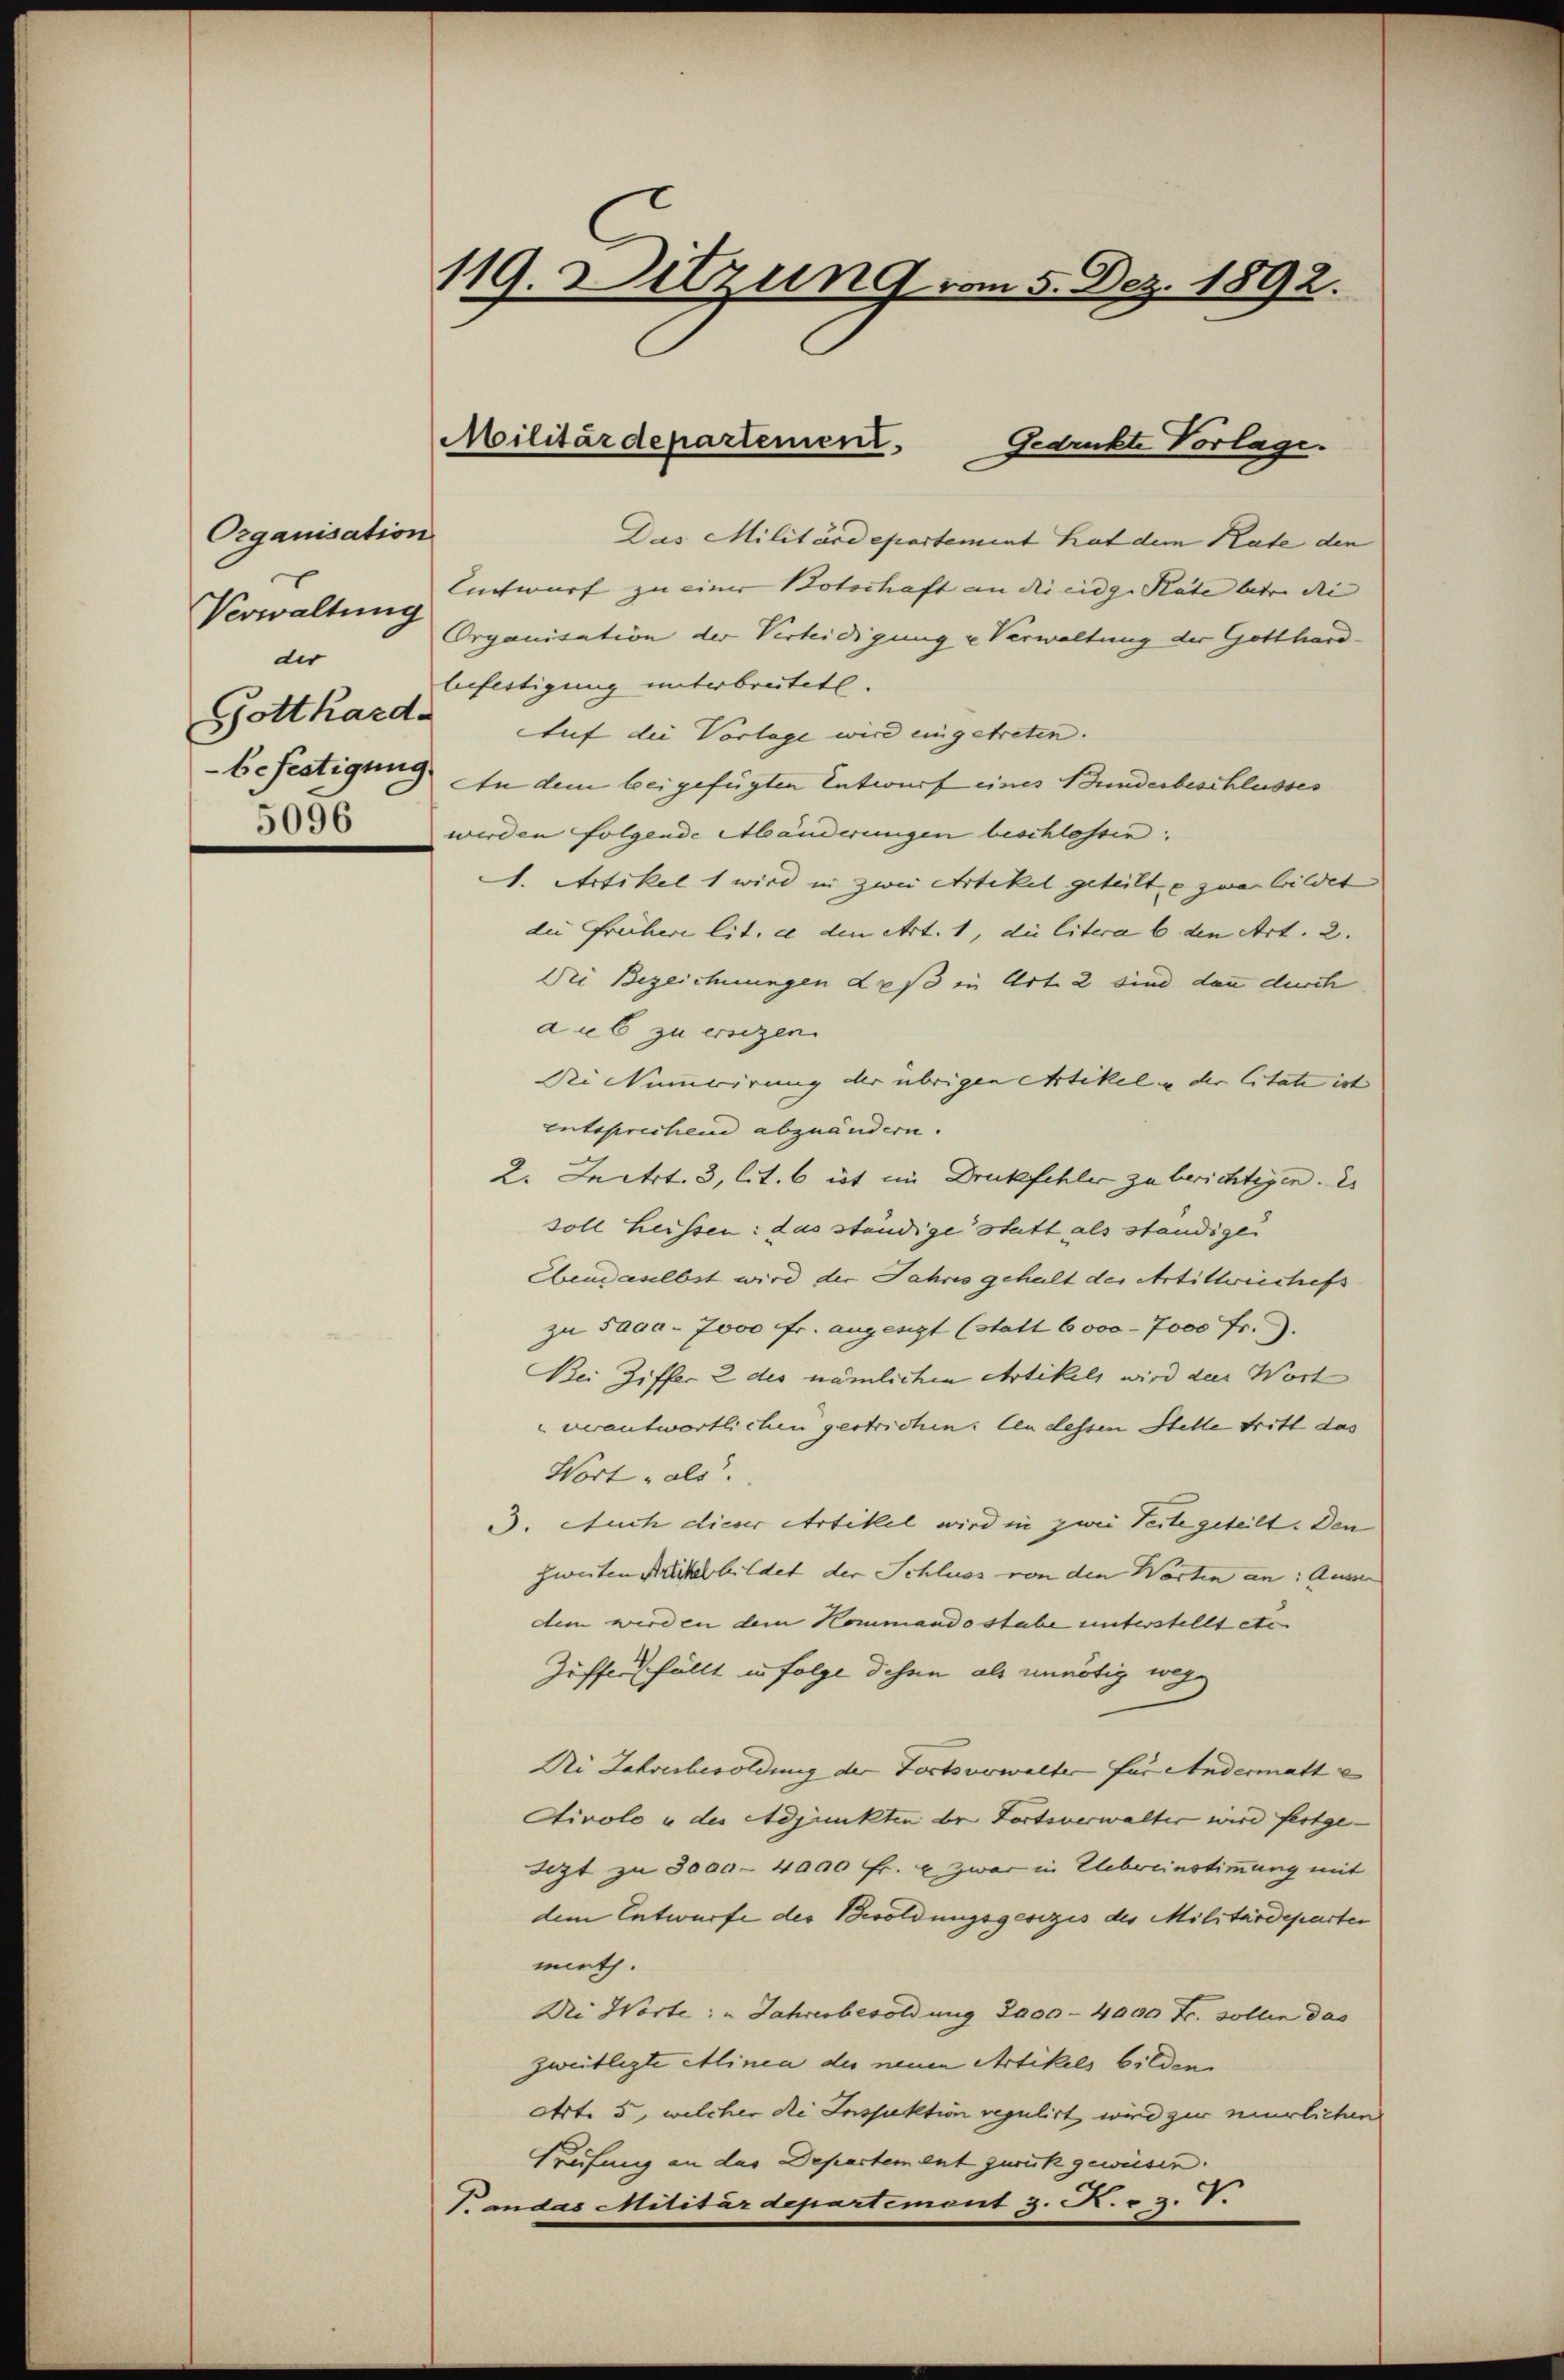
Organisation
Verwaltung
der
Gottharde

119. Ditzung vom 5. Dez. 1892.

Militärdepartement.
Gedruckte Vorlage.

Das Militärdepartement hat dem Rate den
Entwurf zu einer Botschaft an die eidg. Rate betr. die |
Organisation der Verteidigung u Verwaltung der Gotthardbefertigung unterbreitet.
Auf die Vorlage wird eingetreten.
befestigung. In dem bei gefügten Entwurf eines Bunderbeschlusses
36 werden folgende Abänderungen beschlossen:
I. Artikel 1 wird in zwei Artikel geteilt u zwar bildet
die Frühere lit. c den Art. 1, die litera 6. den Art. 2.
Dei Bezeichnungen Laß in Art. 2 sind dann durch
a u 6 zu ersezen.
Die Numerirung der übrigen Artikel in der Citate ist
entsprechene abzuändern.
2. Jectrt. 3, lit. 6 ist im Druckfehler zu berichtigen. Es
soll heissen: das ständige statt als ständigen
Ebendaselbst wird der Jahres gehalt der Artillwiechefs
zu Sara - 7000 fr. angengt (statt 6000 - 7000 Fr. 9.
Bei Ziffer 2 des nämlichen Artikels wird den Wort
verantwortlichen gestrichen: len dessen Stelle tritt das
Wort „als.
3. Auch dieser Artikel wird in zwei Seite geteilt. Den
zweiten Miter bildet der Schluss von den Worten an: Ausser
dem werden dem Kommando stabe unterstellt etc.
Ziffers fällt in Folge dahin als unnötig wege
Die Jahresbesoldung der Fortsverwalter für Andermatte
tivolo u. des Adjunkten der Fortsverwalter wird fortge-
Sizt zu 3000 - 4000 Fr. u. zwar in Uebereinstimmung mit
dem Entwurfe der Besoldungsgesezis des Militärdeparten
mieth.
Drei Worte: " Jahresbesoldung 2000 - 4000 Fr. sollen das
zweitligte Minea der neuen Artikels bilden
Art. 5, welcher die Inspektion regulirt wird zur neürlichen
Prüfung an das Departement zurück gewiesen.
T. andas Militärdepartement z. R. v. V.